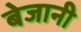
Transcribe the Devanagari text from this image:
बेजानी